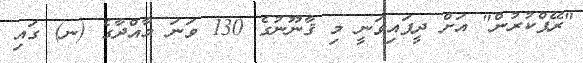
"ރޭޕްކުރުން" އަށް ދީފައިވަނީ މި ޤާނޫނުގެ 130 ވަނަ މާއްދާގެ (ނ) ގައި